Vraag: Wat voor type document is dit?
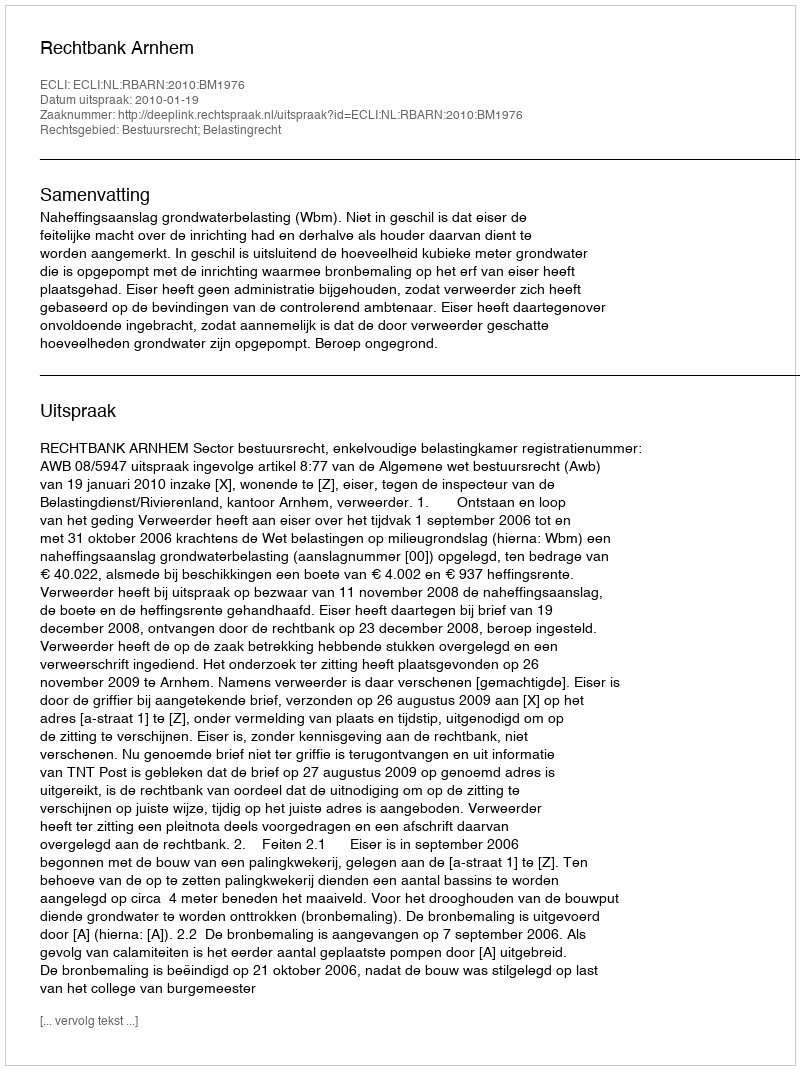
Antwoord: Uitspraak